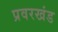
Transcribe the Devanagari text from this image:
प्रवरखंड